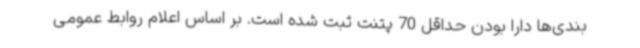
بندی‌ها دارا بودن حداقل 70 پتنت ثبت شده است. بر اساس اعلام روابط عمومی